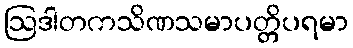
ဩဒါတကသိဏသမာပတ္တိပရမာ